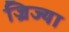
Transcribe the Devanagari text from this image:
ज्रिज्या